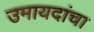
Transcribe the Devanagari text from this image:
उमायदांचा